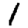
Digit: 1